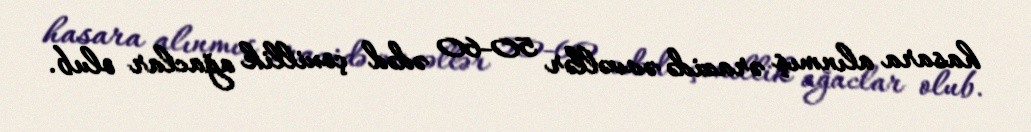
hasara alınmış ərazidə əvvəllər 50-60 ədəd çoxillik ağaclar olub.